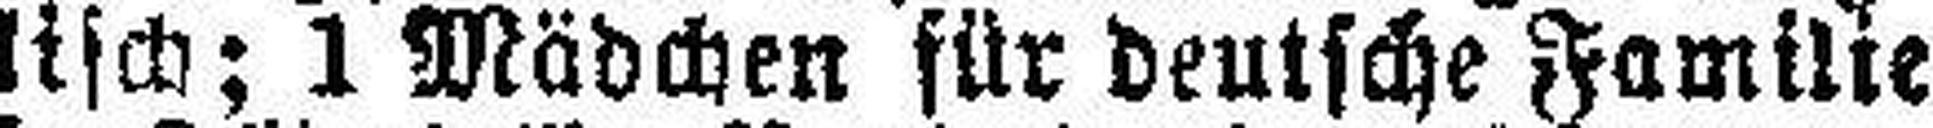
lisch; 1 Mädchen für deutsche Familie